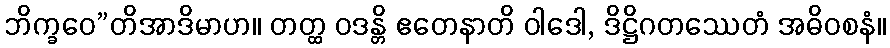
ဘိက္ခဝေ”တိအာဒိမာဟ။ တတ္ထ ဝဒန္တိ ဧတေနာတိ ဝါဒေါ, ဒိဋ္ဌိဂတဿေတံ အဓိဝစနံ။